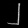
Digit: ၂